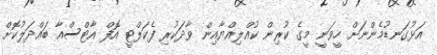
އަޅުގަނޑުމެންނަށް ހީވަނީ މީގެ ކުރިން ކުއްލިއްޔާއިން ވާދަކުރި ފެކަލްޓީ އޮފް އާޓްސްއާ ބައްދަލުކޮށް